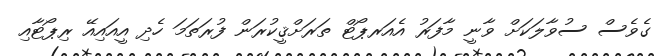
ގެވެސް ސުވާލަކަށް ވާނީ މާފަރު އެއަރޕޯޓް ތަރަށްޤީކުރަން ފުރަތަމަ ހެދި އީއައިއޭ ރިޕޯޓާއި